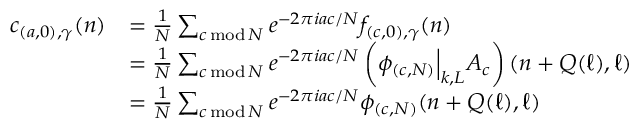
\begin{array} { r l } { c _ { ( a , 0 ) , \gamma } ( n ) } & { = \frac { 1 } { N } \sum _ { c \operatorname { m o d } N } e ^ { - 2 \pi i a c / N } f _ { ( c , 0 ) , \gamma } ( n ) } \\ & { = \frac { 1 } { N } \sum _ { c \operatorname { m o d } N } e ^ { - 2 \pi i a c / N } \left( \phi _ { ( c , N ) } \Big | _ { k , L } A _ { c } \right) ( n + Q ( \ell ) , \ell ) } \\ & { = \frac { 1 } { N } \sum _ { c \operatorname { m o d } N } e ^ { - 2 \pi i a c / N } \phi _ { ( c , N ) } ( n + Q ( \ell ) , \ell ) } \end{array}